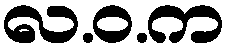
လ.ဝ.က